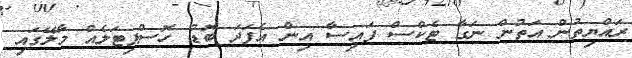
ރައްޔިތުން އަތުން ނަގާ ޓެކްސް ފައިސާ އިން އެފަދަ ބޮޑު ހޮސްޕިޓަލެއް މާލޭގައި